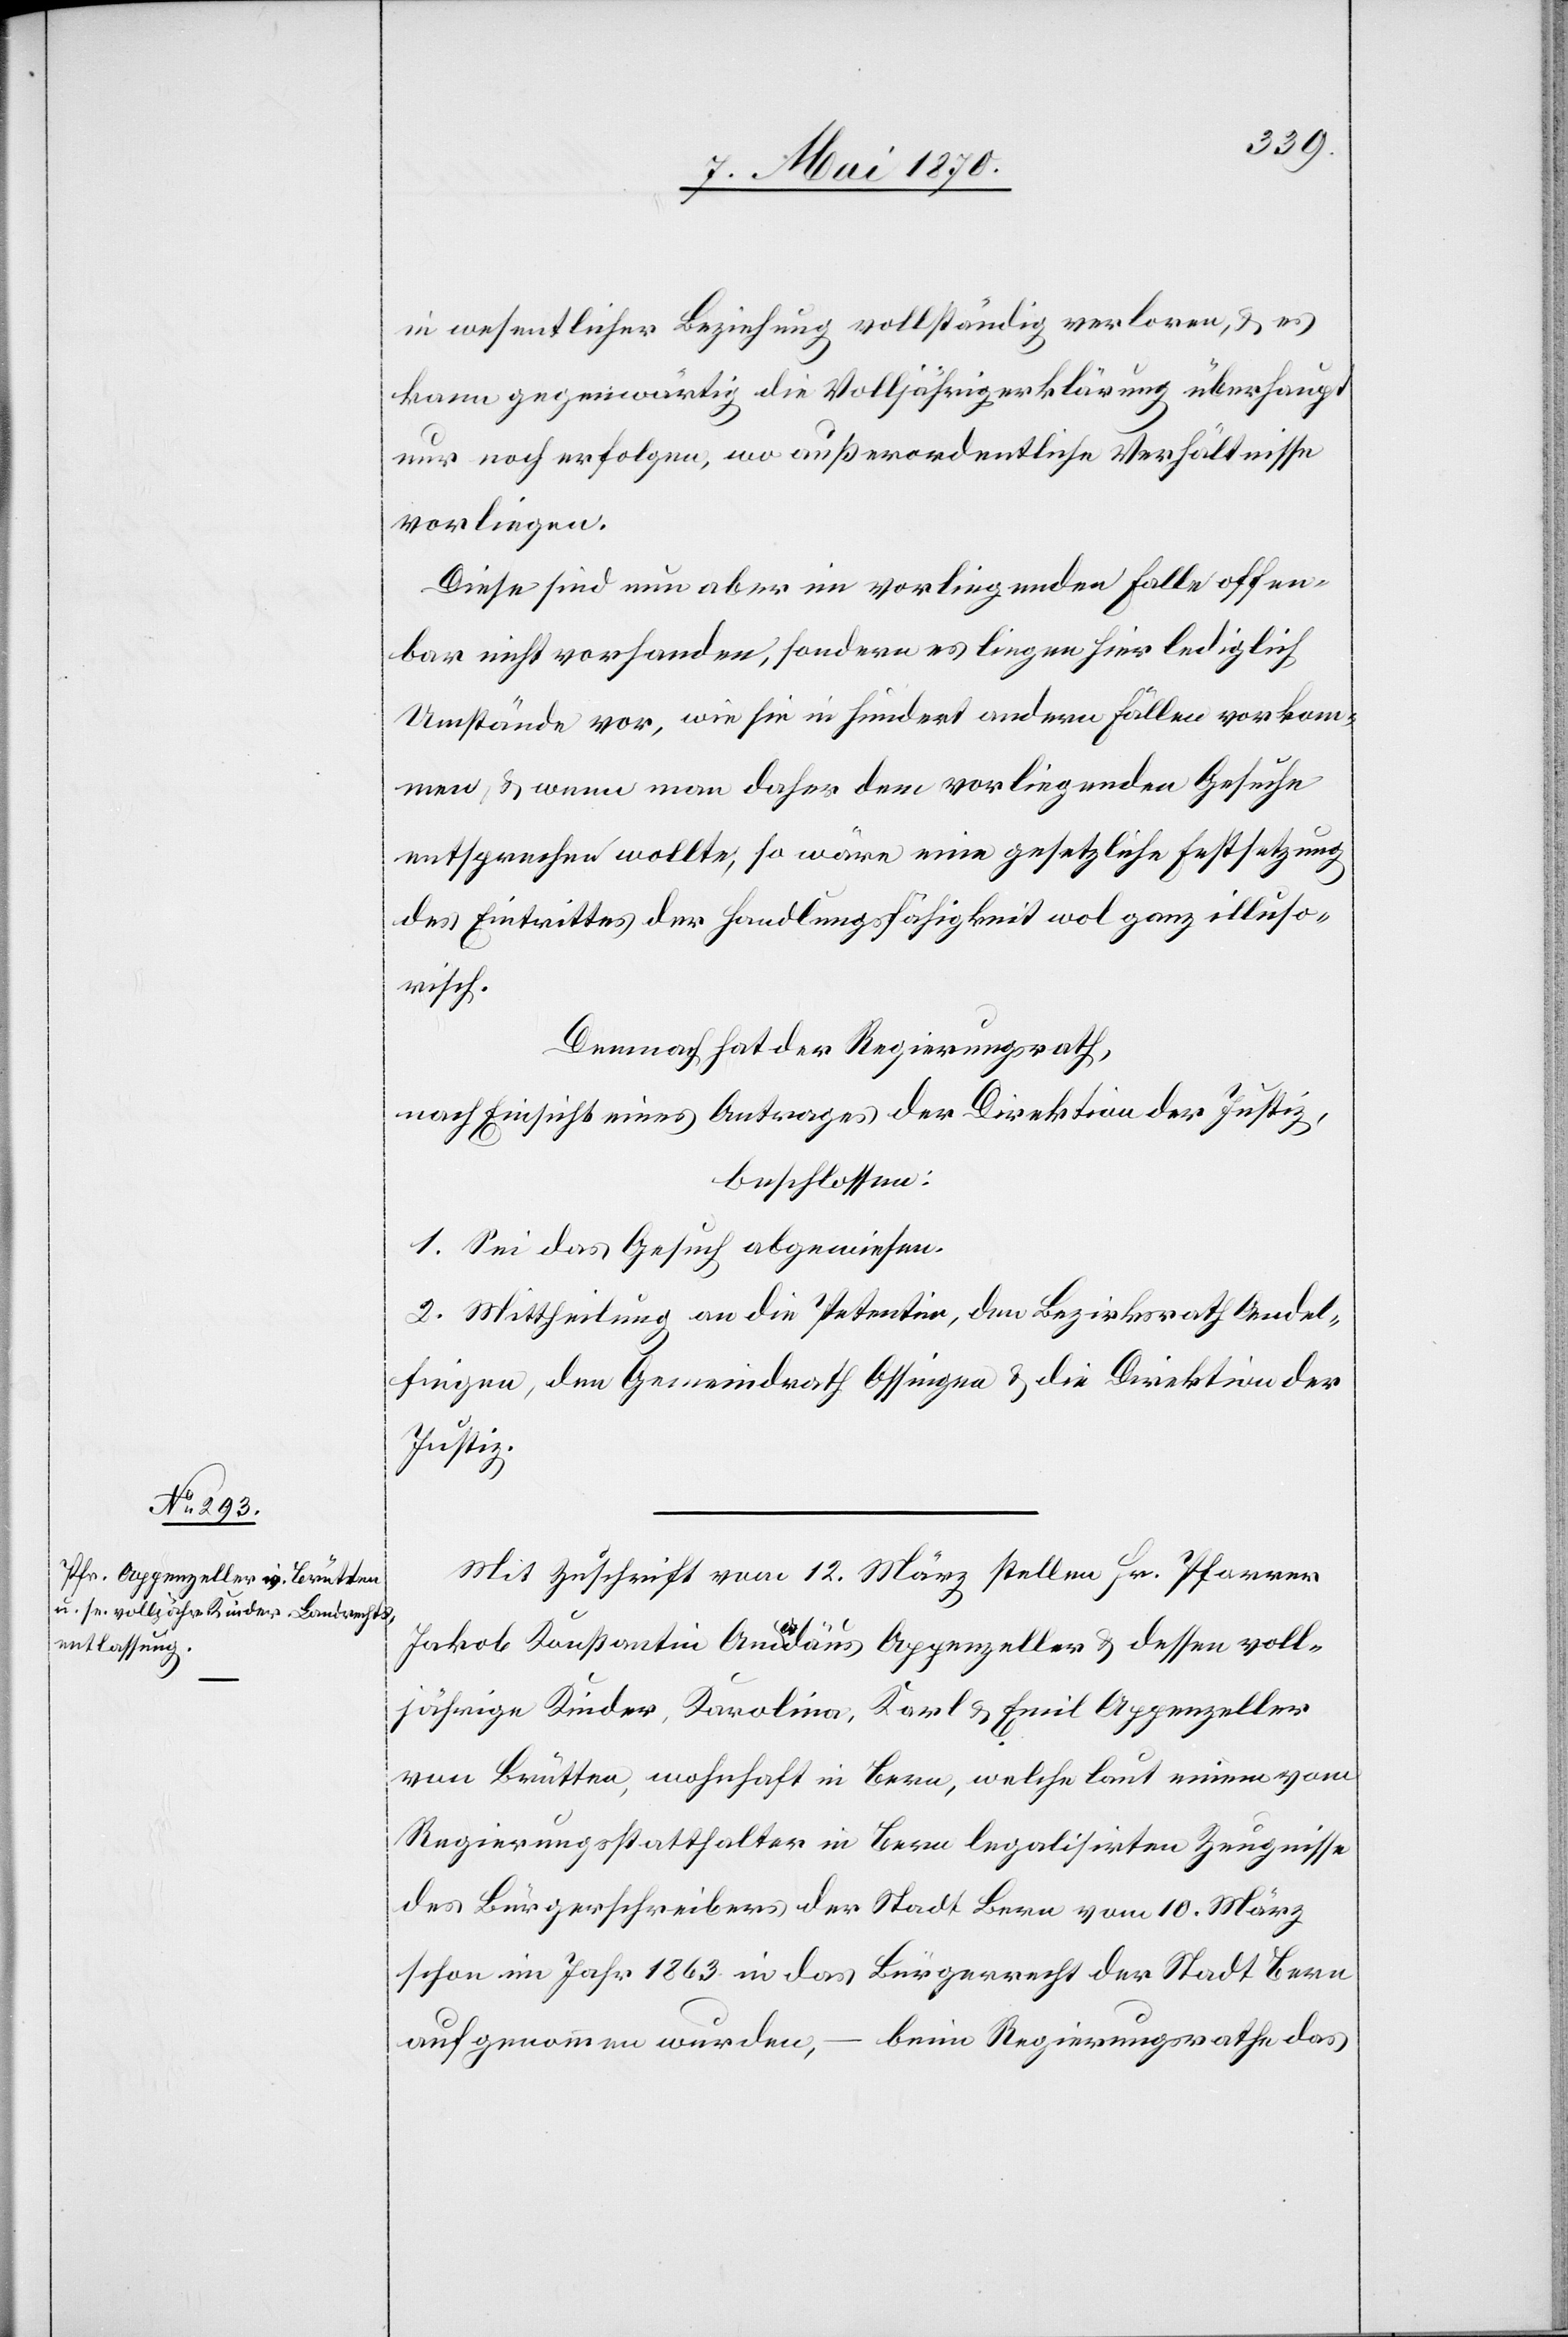
in wesentlicher Beziehung vollständig verloren, & es
kann gegenwärtig die Volljährigerklärung überhaupt
nur noch erfolgen, wo außerordentliche Verhältnisse
vorliegen.
Diese sind nun aber im vorliegenden Falle offen¬
bar nicht vorhanden, sondern es liegen hier lediglich
Umstände vor, wie sie in hundert andern Fällen vorkom¬
men & wenn man daher dem vorliegenden Gesuche
entsprechen wollte, so wäre eine gesetzliche Festsetzung
des Eintrittes der Handlungsfähigkeit wol ganz illuso¬
risch.
Demnach hat der Regierungsrath,
nach Einsicht eines Antrages der Direktion der Justiz,
beschlossen:
1. Sei das Gesuch abgewiesen.
2. Mittheilung an die Petentin, den Bezirksrath Andel¬
fingen, den Gemeindrath Ossingen & die Direktion der
Justiz.
Mit Zuschrift vom 12. März stellen Hr. Pfarrer
Jakob Konstantin Amadäus Appenzeller & dessen voll¬
jährige Kinder, Karolina, Karl & Emil Appenzeller
von Brütten, wohnhaft in Bern, welche laut einem vom
Regierungsstatthalter in Bern legalisirten Zeugnisse
des Bürgerschreibens der Stadt Bern vom 10. März
schon im Jahr 1863 in das Bürgerrecht der Stadt Bern
aufgenommen wurden, – beim Regierungsrathe das